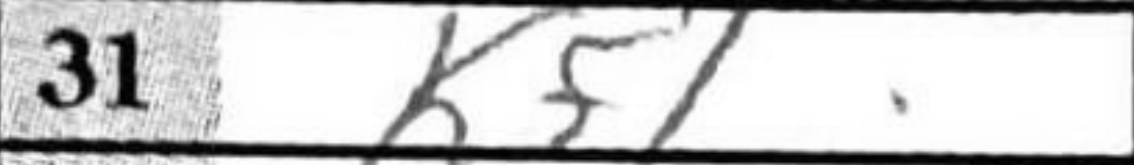
Transcription: Kf1